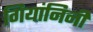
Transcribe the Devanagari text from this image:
गियांनिनी